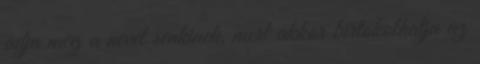
adja meg a nevét senkinek, mert akkor birtokolhatja az